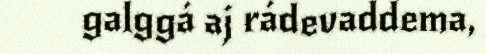
galggá aj rádevaddema,